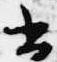
書